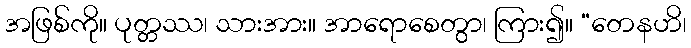
အဖြစ်ကို။ ပုတ္တဿ၊ သားအား။ အာရောစေတွာ၊ ကြား၍။ “တေနဟိ၊